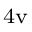
_ \mathrm { 4 v }